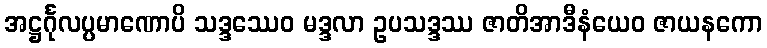
အဋ္ဌင်္ဂုလပ္ပမာဏောပိ သဒ္ဒဿေဝ မဒ္ဒလာ ဥပသဒ္ဒဿ ဇာတိအာဒီနံယေဝ ဇာယနကော